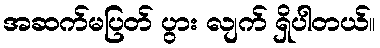
အဆက်မပြတ် ပွား လျက် ရှိပါတယ်။